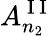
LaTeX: A_{n_{2}}^{\mathrm{~I~I~}}